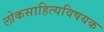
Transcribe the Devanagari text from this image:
लोकसाहित्यविषयक